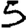
Digit: 5